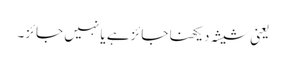
یعنی شیشہ دیکھنا جائزہے یا نہیں جائز۔